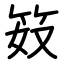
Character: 笯